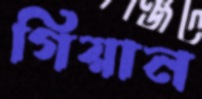
গিয়ান